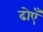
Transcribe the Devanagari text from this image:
ढोएँ